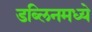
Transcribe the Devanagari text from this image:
डब्लिनमध्ये